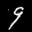
Label: 9